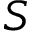
S